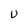
Character: U